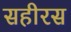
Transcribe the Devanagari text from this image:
सहीरस